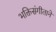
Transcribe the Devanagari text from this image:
भक्तिसंगीताने